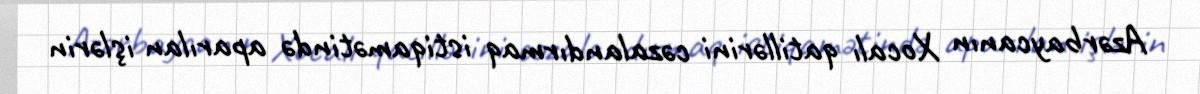
Azərbaycanın Xocalı qatillərini cəzalandırmaq istiqamətində aparılan işlərin